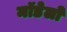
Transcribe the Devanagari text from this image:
मॉडेलो